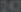
242